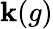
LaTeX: \mathbf{k}(g)